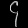
Digit: ၄